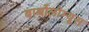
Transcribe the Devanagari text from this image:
बार्थोलोम्यूस